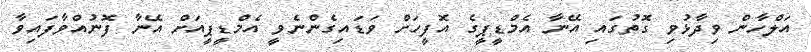
އަލްހާން ވިދާޅުވި ގޮތުގައި އޭނާ އެމްޑީޕީގެ އޮފީހަށް ވަޑައިގެންނެވީ އެމްޑީޕީއަށް އޭނާ ފޮނުއްވާފައިވާ